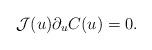
LaTeX: \begin{align*}\mathcal{J}(u) \partial_{u} C(u) =0.\end{align*}